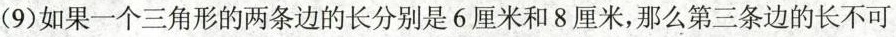
(9)如果一个三角形的两条边的长分别是6厘米和8厘米，那么第三条边的长不可